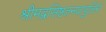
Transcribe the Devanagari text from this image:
श्रीमद्वसिष्ठतनयापुलिने